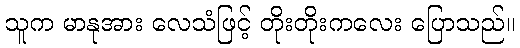
သူက မာနုအား လေသံဖြင့် တိုးတိုးကလေး ပြောသည်။